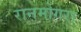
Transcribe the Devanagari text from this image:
रानमोगरा